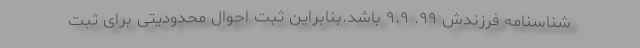
شناسنامه فرزندش ۹۹. ۹.۹ باشد.بنابراین ثبت احوال محدودیتی برای ثبت